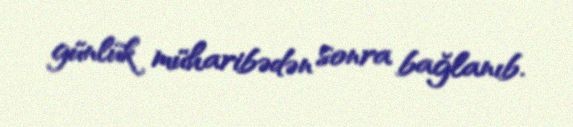
günlük müharibədən sonra bağlanıb.